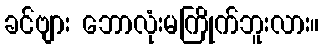
ခင်ဗျား ဘောလုံးမကြိုက်ဘူးလား။